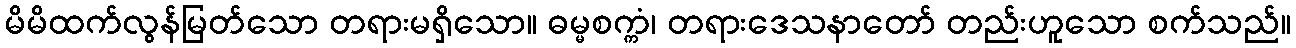
မိမိထက်လွန်မြတ်သော တရားမရှိသော။ ဓမ္မစက္ကံ၊ တရားဒေသနာတော် တည်းဟူသော စက်သည်။